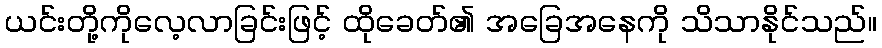
ယင်းတို့ကိုလေ့လာခြင်းဖြင့် ထိုခေတ်၏ အခြေအနေကို သိသာနိုင်သည်။